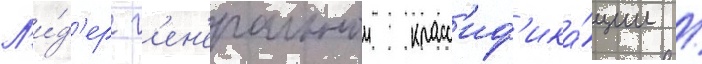
Л'и́д'ер г'ен'еральнои класс'иф'ика́ции /